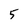
Character: 5